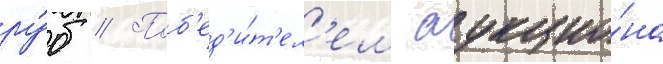
ру́б // Поб'ед'и́т'ел'ем аукцио́на